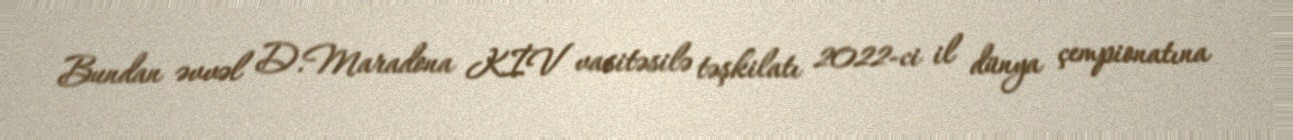
Bundan əvvəl D.Maradona KİV vasitəsilə təşkilatı 2022-ci il dünya çempionatına